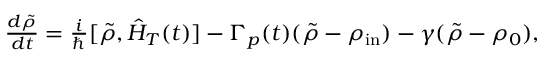
\begin{array} { r } { \frac { d \tilde { \rho } } { d t } = \frac { i } { \hbar } [ \tilde { \rho } , \hat { H } _ { T } ( t ) ] - \Gamma _ { p } ( t ) ( \tilde { \rho } - \rho _ { \mathrm { i n } } ) - \gamma ( \tilde { \rho } - \rho _ { 0 } ) , } \end{array}